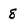
Character: 8